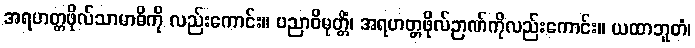
အရဟတ္တဖိုလ်သာမာဓိကို လည်းကောင်း။ ပညာဝိမုတ္တိံ၊ အရဟတ္တဖိုလ်ဉာဏ်ကိုလည်းကောင်း။ ယထာဘူတံ၊